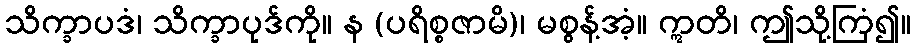
သိက္ခာပဒံ၊ သိက္ခာပုဒ်ကို။ န (ပရိစ္စဇာမိ)၊ မစွန့်အံ့။ ဣတိ၊ ဤသို့ကြံ၍။